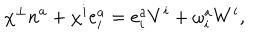
LaTeX: \chi ^ { \perp } n ^ { a } + \chi ^ { i } e _ { i } ^ { a } = e _ { i } ^ { a } V ^ { i } + \omega _ { i } ^ { a } W ^ { i } ,